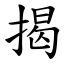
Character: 揭